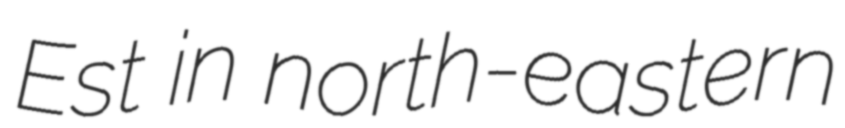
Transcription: Est in north-eastern